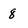
Character: 8